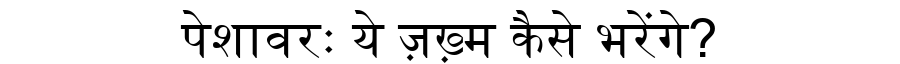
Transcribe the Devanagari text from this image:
पेशावरः ये ज़ख़्म कैसे भरेंगे?